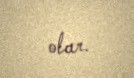
olar.